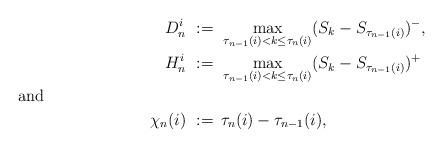
LaTeX: \begin{align*}D_{n}^{i}\ &:=\ \max_{\tau_{n-1}(i)<k\le\tau_{n}(i)}(S_{k}-S_{\tau_{n-1}(i)})^{-},\\H_{n}^{i}\ &:=\ \max_{\tau_{n-1}(i)<k\le\tau_{n}(i)}(S_{k}-S_{\tau_{n-1}(i)})^{+}\\\shortintertext{and}\chi_{n}(i)\ &:=\, \tau_{n}(i)-\tau_{n-1}(i),\end{align*}